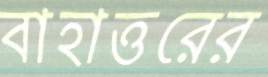
বাহাত্তরের